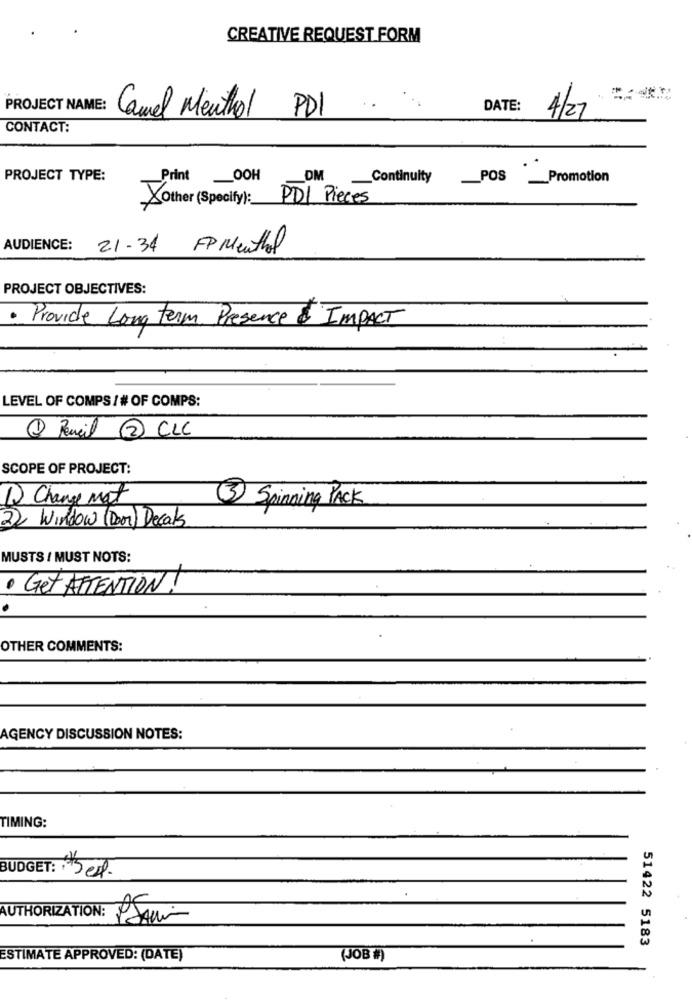
CREATIVE REQUEST FORM
PROJECT NAME:
DATE:
Camel Menthol PDI
4/27
CONTACT:
PROJECT TYPE:
Print
OOH
DM
Continuity
POS _Promotion
Xother (Specify): PDI Pieces
AUDIENCE:
21.34 FP Menthol
PROJECT OBJECTIVES:
· Provide Long term Presence & IMPACT
LEVEL OF COMPS / # OF COMPS:
1 Pencil 2 CLC
SCOPE OF PROJECT:
Q Change mat
(3) Spinning PACK
2) Window (Door) Decals
MUSTS / MUST NOTS:
· Get ATTENTION !
OTHER COMMENTS:
AGENCY DISCUSSION NOTES:
TIMING:
BUDGET: : Bed.
AUTHORIZATION:
PSAmi-
51422 5183
ESTIMATE APPROVED: (DATE)
(JOB )